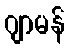
ဂျာမန်